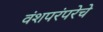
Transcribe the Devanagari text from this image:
वंशपरंपरेचे